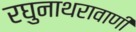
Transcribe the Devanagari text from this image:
रघुनाथरावाणी